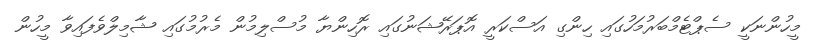
މީހުންނަކީ ސެޕްޓެމްބަރުމަހުގައި ހިންގި އަސްކަރީ އޮޕަރޭޝަނުގައި ރޮހިންޔާ މުސްލިމުން މެރުމުގައި ޝާމިލްވެފައިވާ މީހުން